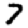
Digit: 7